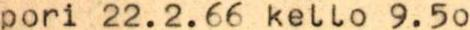
pori 22.2.66. kello  9.50